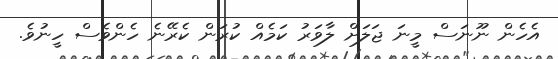
އެހެން ނޫނަސް މީނަ ޖަލަށް ލާވަރު ކަމެއް ކުރަން ކެރޭނެ ހެންވެސް ހީނުވެ.